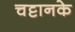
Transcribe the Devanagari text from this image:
चट्टानके